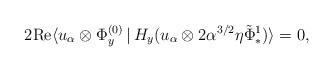
LaTeX: \begin{align*}2 \mathrm{Re} \langle u_{\alpha}\otimes \Phi_y^{(0)}\,|\,H_y (u_{\alpha} \otimes 2\alpha^{3/2}\eta\tilde{\Phi}_*^1)\rangle = 0, \end{align*}